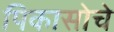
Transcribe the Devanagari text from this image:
पिकासोचे